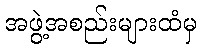
အဖွဲ့အစည်းများထံမှ